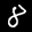
Label: 8